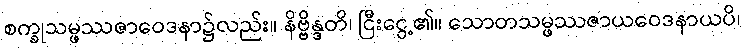
စက္ခုသမ္ဖဿဇာဝေဒနာ၌လည်း။ နိဗ္ဗိန္ဒတိ၊ ငြီးငွေ့၏။ သောတသမ္ဖဿဇာယဝေဒနာယပိ၊